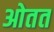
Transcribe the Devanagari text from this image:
ओतत